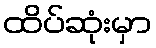
ထိပ်ဆုံးမှာ